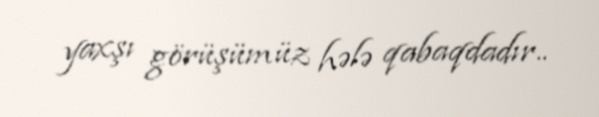
yaxşı görüşümüz hələ qabaqdadır..